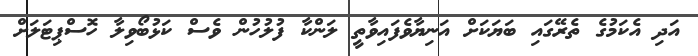
އަދި އެކަމުގެ ތެރޭގައި ބަޔަކަށް އަނިޔާވެފައިވާތީ ލަންކާ ފުލުހުން ވެސް ކަޅުބޯވިލާ ހޮސްޕިޓަލަށް